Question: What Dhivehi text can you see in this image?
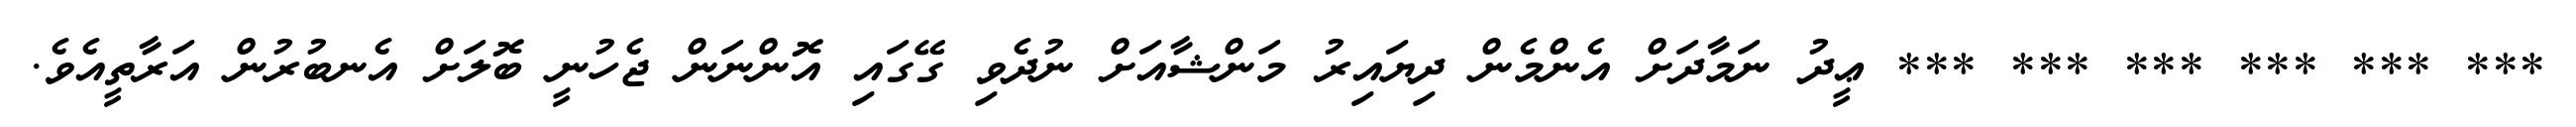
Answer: *** *** *** *** *** *** ޢީދު ނަމާދަށް އެންމެން ދިޔައިރު މަންޝާއަށް ނުދެވި ގޭގައި އޮންނަން ޖެހުނީ ބޮލަށް އެނބުރުން އަރާތީއެވެ.